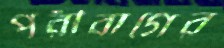
পরীবাগের